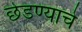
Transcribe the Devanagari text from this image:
छेडण्याचे